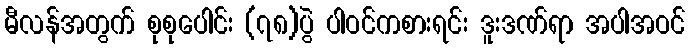
မီလန်အတွက် စုစုပေါင်း (၇၈)ပွဲ ပါဝင်ကစားရင်း ဒူးဒဏ်ရာ အပါအဝင်